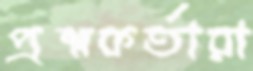
প্রশ্নকর্তারা